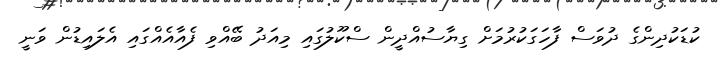
ކުޑަކުދިންގެ ދުވަސް ފާހަގަކުރުމަށް ގިޔާސުއްދީން ސްކޫލުގައި މިއަދު ބޭއްވި ފެއާއެއްގައި އެލައިޑުން ވަނީ